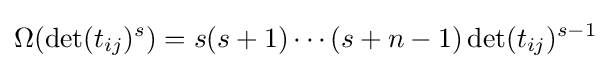
\Omega (\det(t_{ij})^{s})=s(s+1)\cdots (s+n-1)\det(t_{ij})^{s-1}